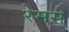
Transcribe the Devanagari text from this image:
रेमसे